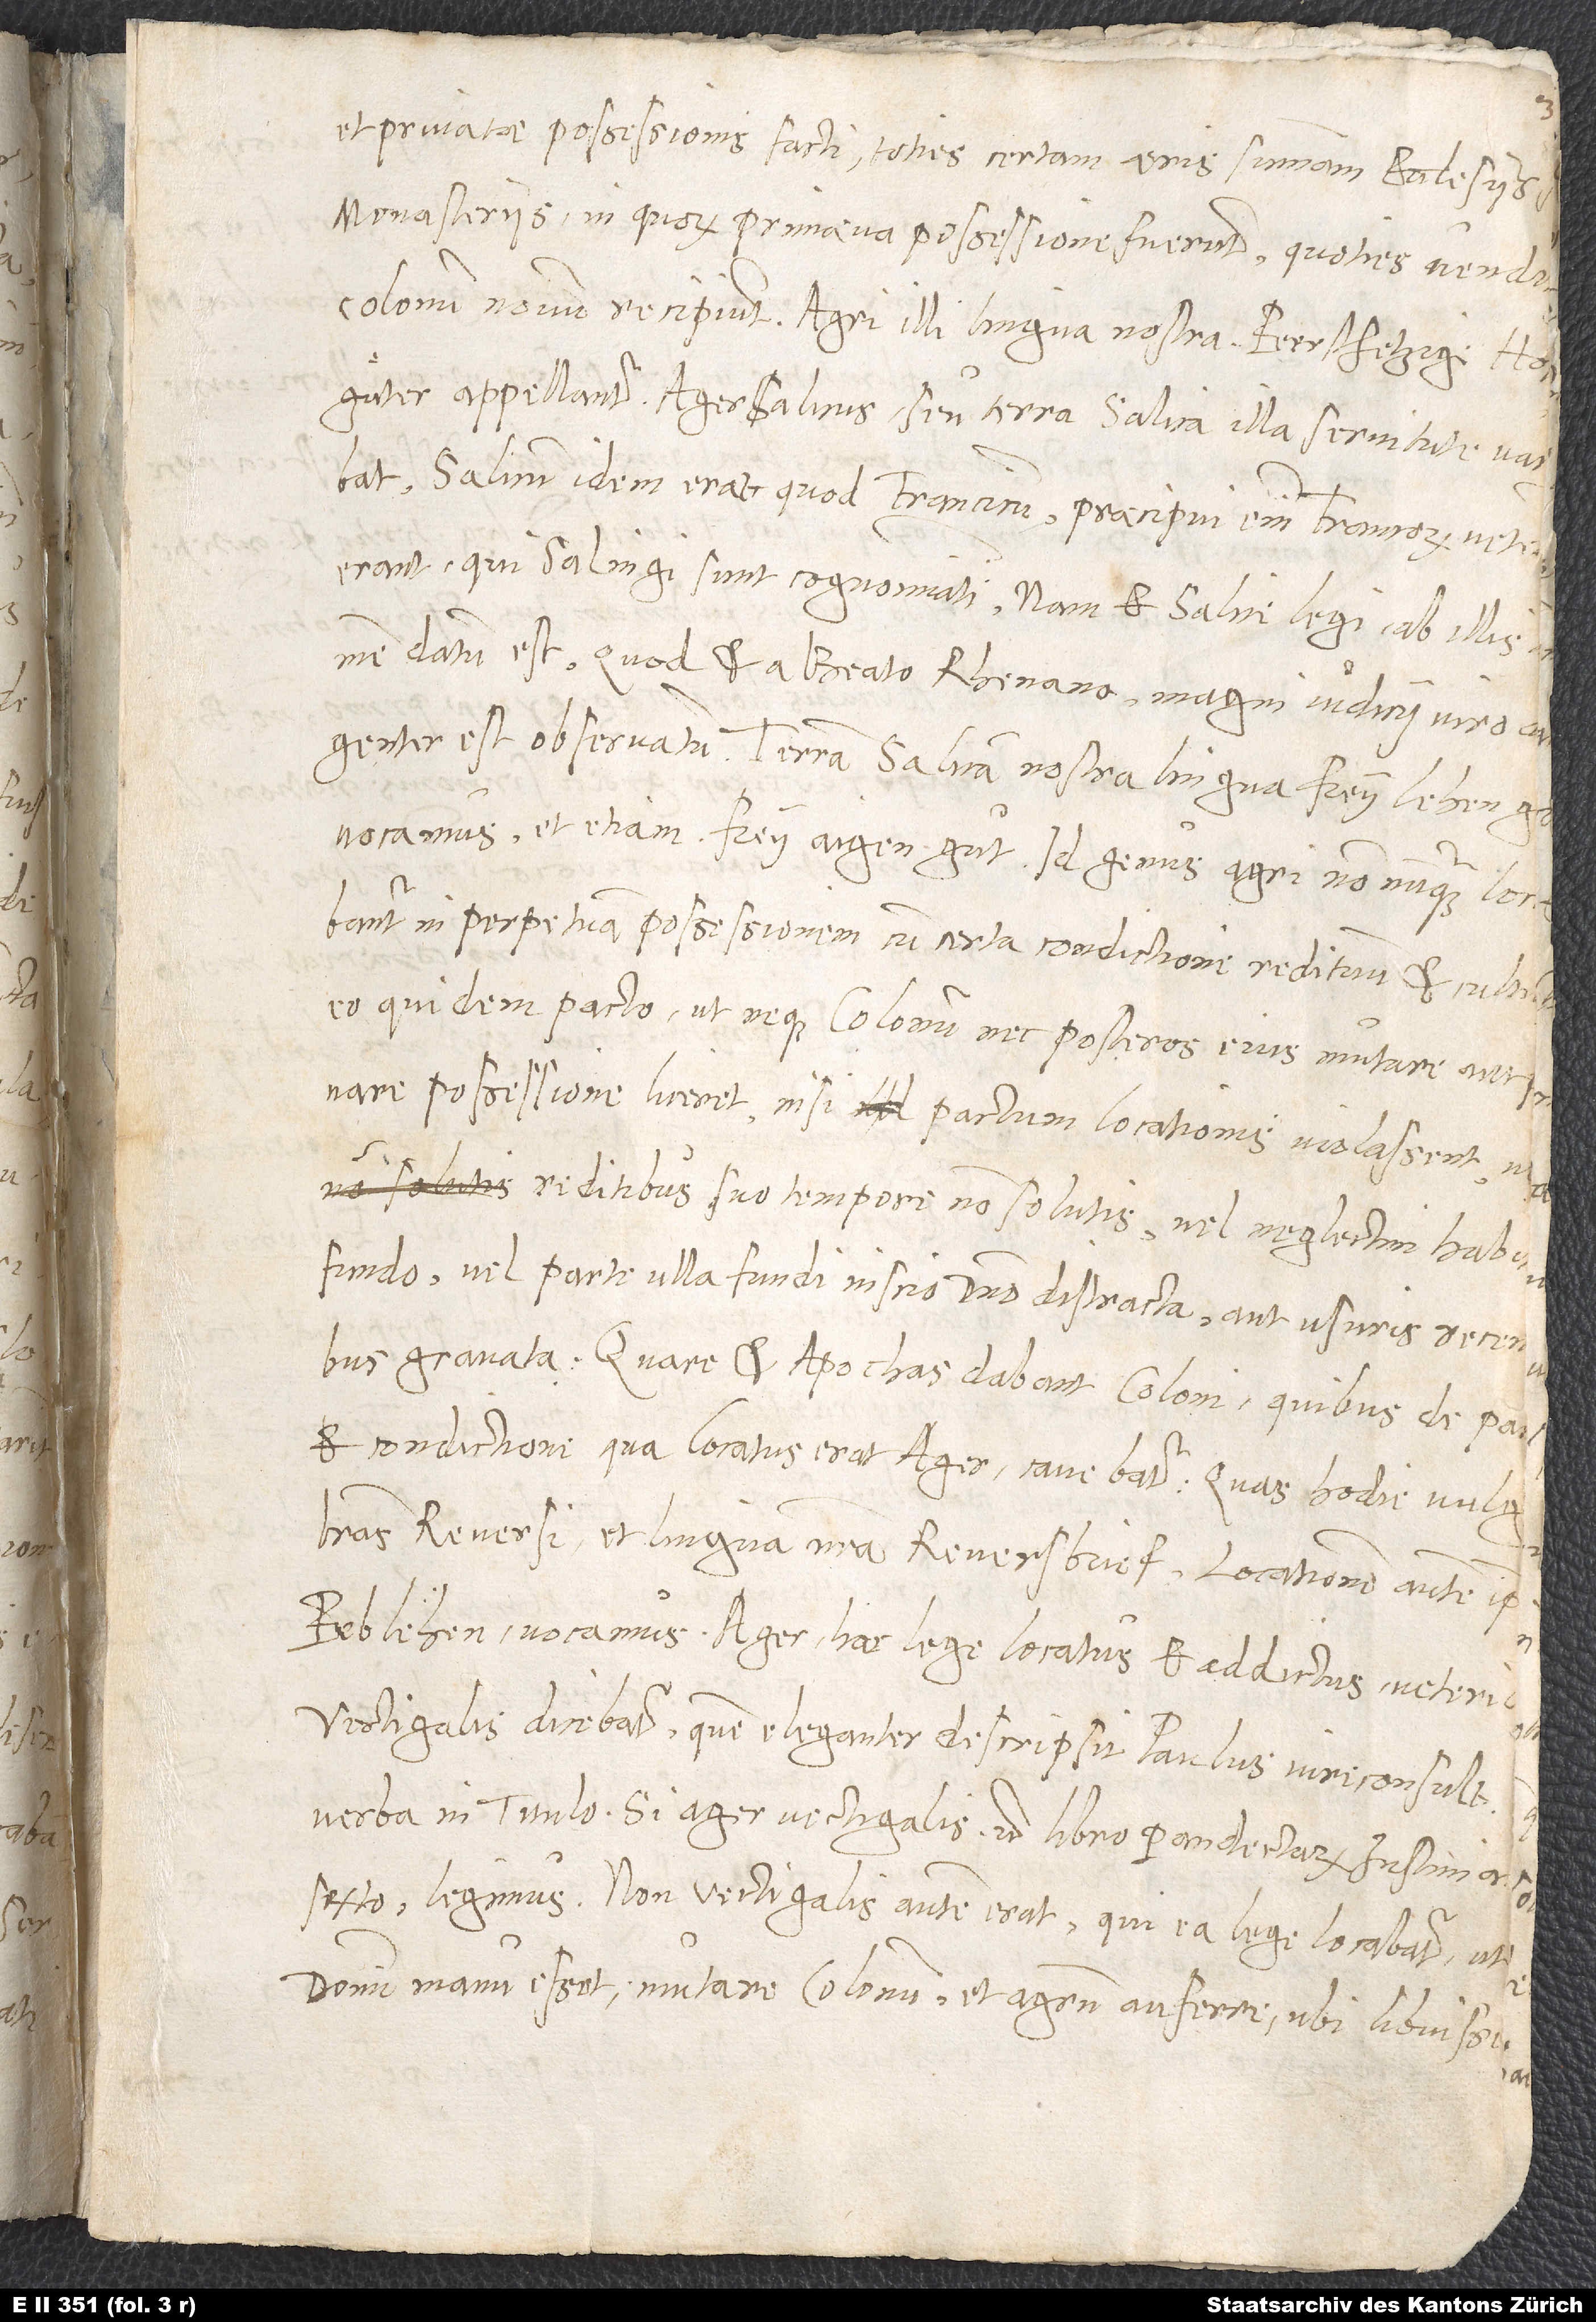
et privatae possessiones facti toties certam aeris summam ecclesiis